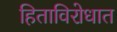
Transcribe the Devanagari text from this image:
हिताविरोधात